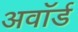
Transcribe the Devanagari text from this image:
अवाॅर्ड